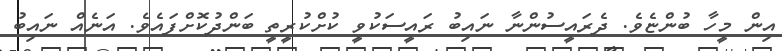
އިން މީހާ ބުންޏެވެ. ދެރައީސުންނާ ނައިބު ރައީސަކުވީ ކުށްކުރީތީ ބަންދުކޮށްފައެވެ. އަނެއް ނައިބު